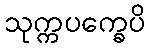
သုက္ကပက္ခေပိ